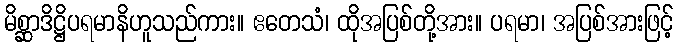
မိစ္ဆာဒိဋ္ဌိပရမာနိဟူသည်ကား။ ဧတေသံ၊ ထိုအပြစ်တို့အား။ ပရမာ၊ အပြစ်အားဖြင့်